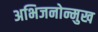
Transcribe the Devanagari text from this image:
अभिजनोन्मुख